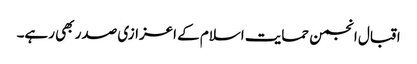
اقبال انجمن حمایت اسلام کے اعزازی صدر بھی رہے۔